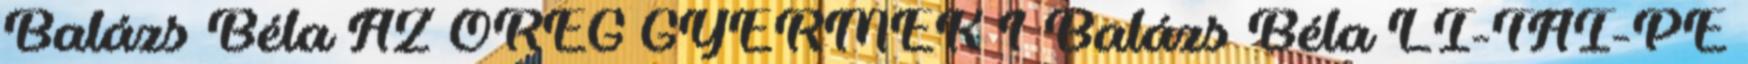
Balázs Béla AZ ÖREG GYERMEK 1 Balázs Béla LI-TAI-PE